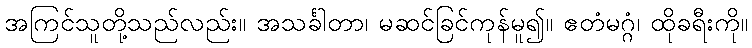
အကြင်သူတို့သည်လည်း။ အသင်္ခါတာ၊ မဆင်ခြင်ကုန်မူ၍။ ဧတံမဂ္ဂံ၊ ထိုခရီးကို။